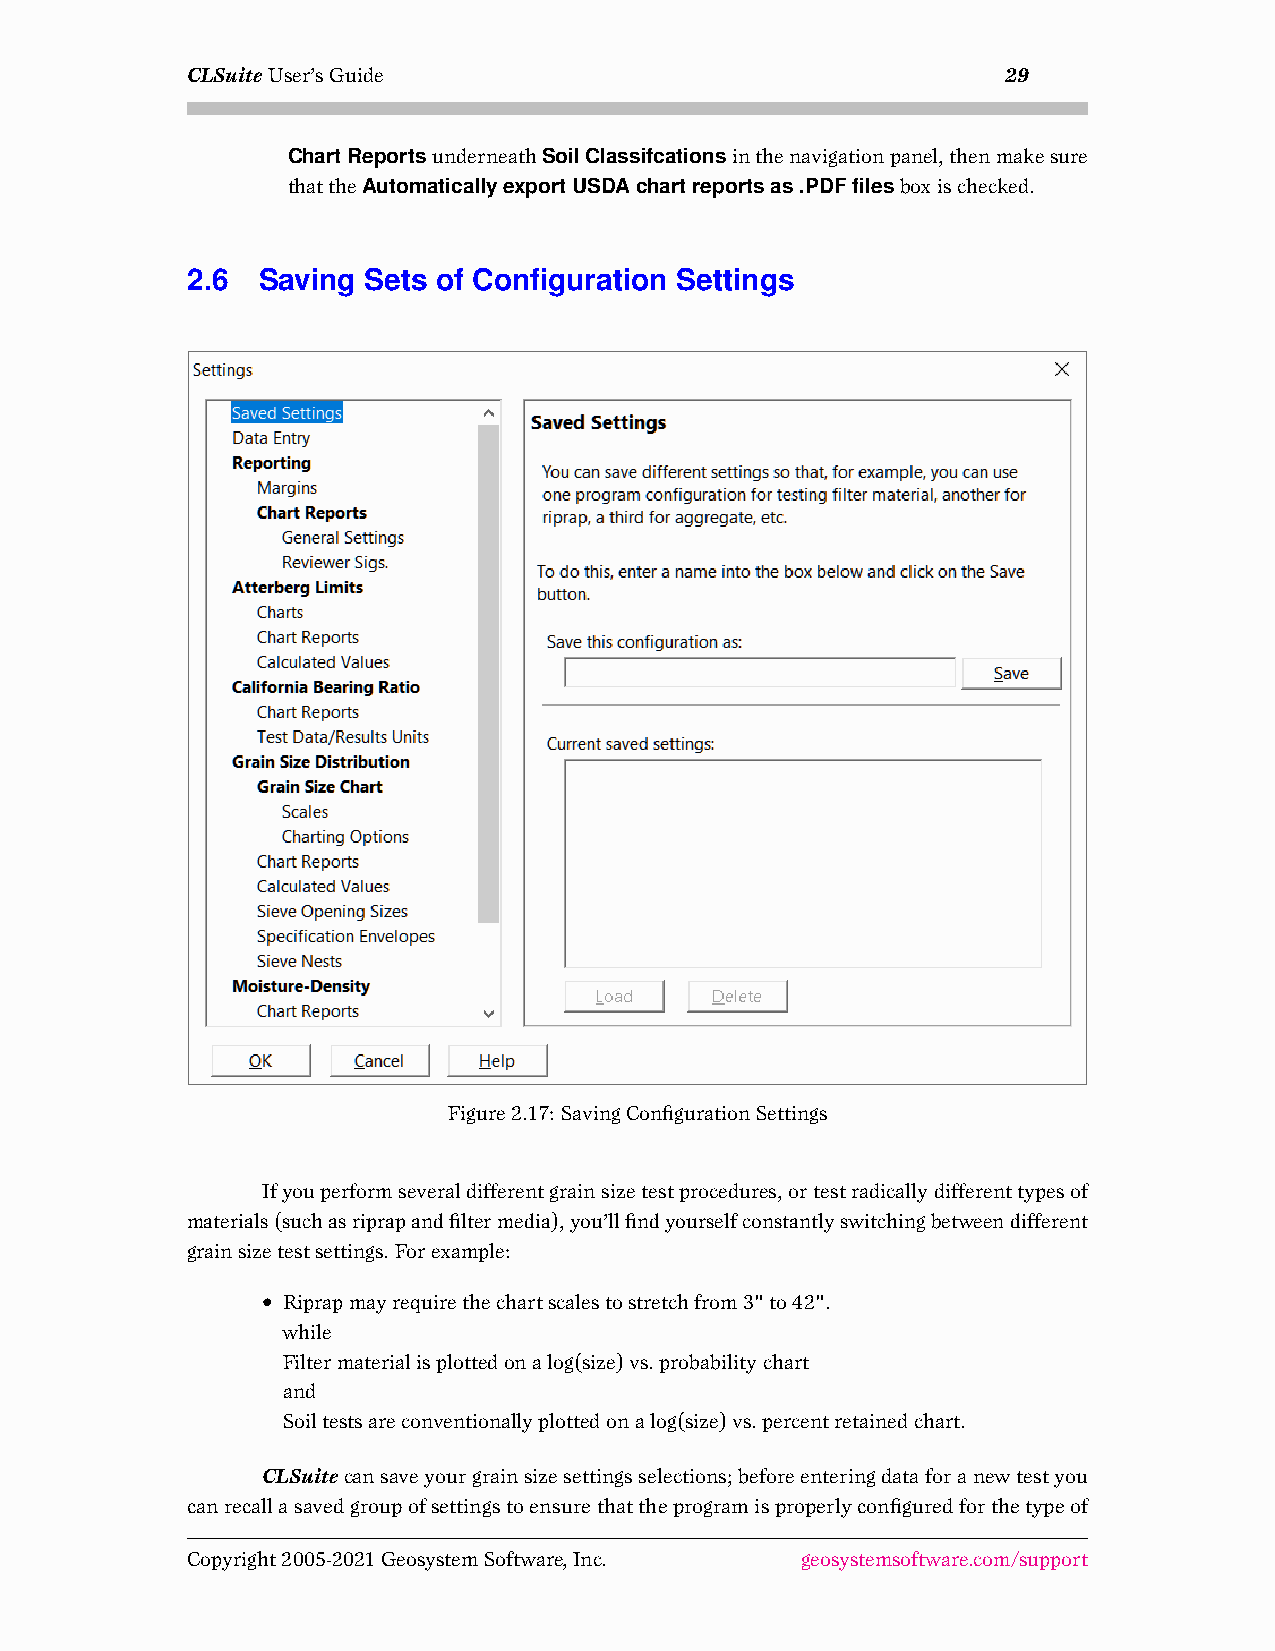
CLSuiteUser’sGuide                                     29
 ChartReportsunderneathSoilClassifcationsinthenavigationpanel,thenmakesure
 thattheAutomaticallyexportUSDAchartreportsas.PDFfilesboxischecked.
 2.6  Saving Sets of Configuration Settings
 Figure2.17: SavingConfigurationSettings
 Ifyouperformseveraldifferentgrainsizetestprocedures,ortestradicallydifferenttypesof
 materials(suchasriprapandfiltermedia),you’llfindyourselfconstantlyswitchingbetweendifferent
 grainsizetestsettings. Forexample:
 • Riprapmayrequirethechartscalestostretchfrom3"to42".
 while
 Filtermaterialisplottedonalog(size)vs.probabilitychart
 and
 Soiltestsareconventionallyplottedonalog(size)vs.percentretainedchart.
 CLSuitecansaveyourgrainsizesettingsselections;beforeenteringdataforanewtestyou
 canrecallasavedgroupofsettingstoensurethattheprogramisproperlyconfiguredforthetypeof
 Copyright2005-2021GeosystemSoftware,Inc. geosystemsoftware.com/support